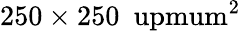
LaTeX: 250\times 250\ \mathrm{\ upmum^{2}}